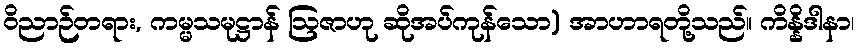
ဝိညာဉ်တရား, ကမ္မသမုဋ္ဌာန် ဩဇာဟု ဆိုအပ်ကုန်သော) အာဟာရတို့သည်။ ကိန္နိဒါနာ၊